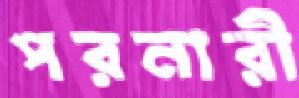
পরনারী